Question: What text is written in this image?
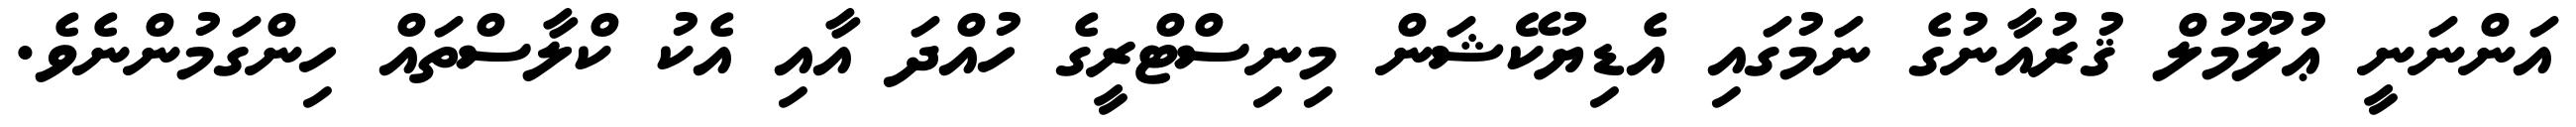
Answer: އަންނަނީ ޢުލޫމުލް ޤުރުއާނުގެ ނަމުގައި އެޑިޔުކޭޝަން މިނިސްޓްރީގެ ހުއްދަ އާއި އެކު ކްލާސްތައް ހިންގަމުންނެވެ.